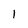
Character: l